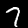
Digit: 7